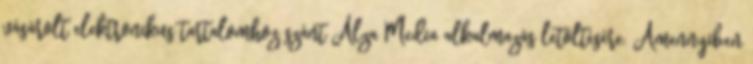
vásárolt elektronikus tartalomhoz szánt Alza Media alkalmazás letöltésére. Amennyiben